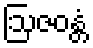
ဩဇဝန္တံ